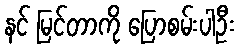
နင် မြင်တာကို ပြောစမ်းပါဦး